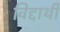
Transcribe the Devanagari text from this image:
विद्दार्थी